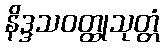
နိဒ္ဒသဝတ္ထုသုတ္တံ